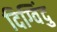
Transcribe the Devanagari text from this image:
दिग्विंदु